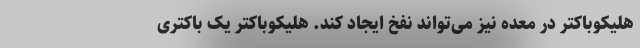
هلیکوباکتر در معده نیز می‌تواند نفخ ایجاد کند. هلیکوباکتر یک باکتری